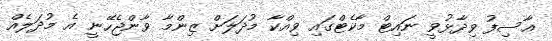
އާސިފު ވިދާޅުވީ ނައިޓް މާކެޓްގައި ވިއްކާ މުދަލަށް ޒިންމާ ވާންޖެހޭނީ އެ މުދަލެއް